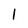
Character: 1